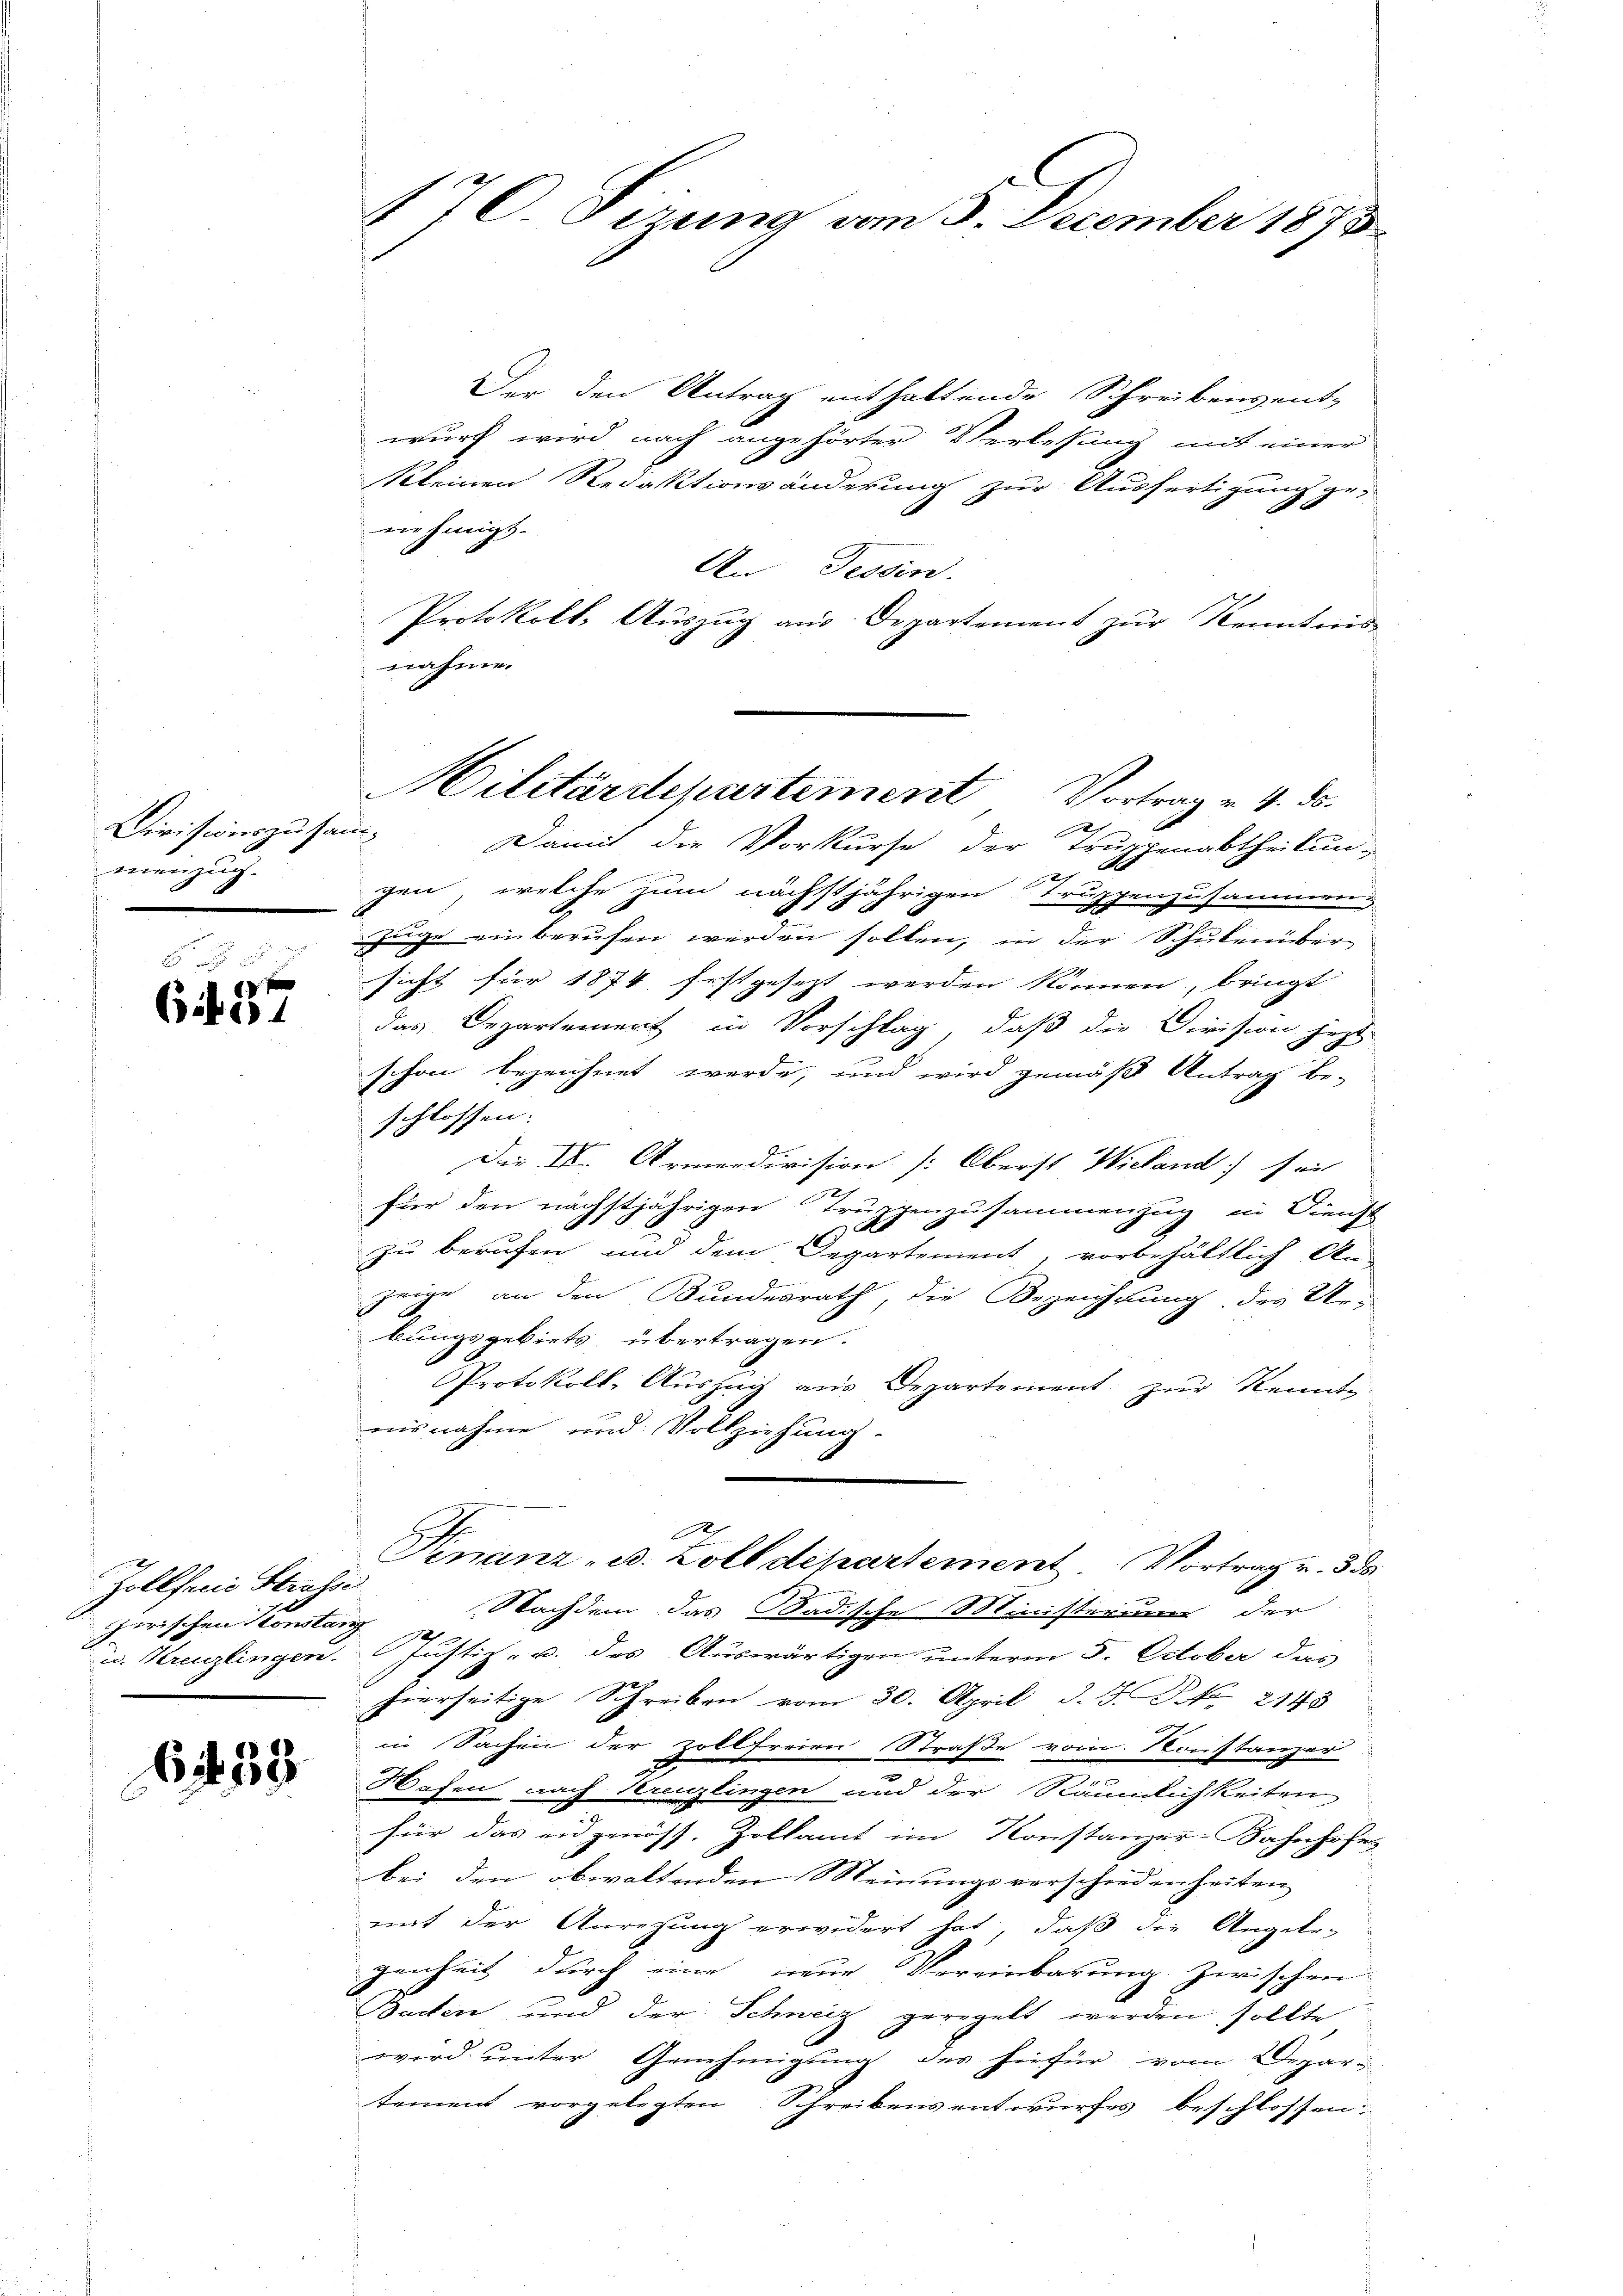
Divisionszusan
menzug.

6 f 37

Zollfen Strasse
zerischen constanz
u. Kreuzlingen.

6. 33.

e
170. Sizung vom 3. December 1873

Der den Antrag enthaltende Schreibensent-
wurf wird nach angehörter Verlesung mit einer
kleinen Redaktionsänderung zur Ausfertigung ge-
nehmigt.
An Tessin
Protokoll, Auszug aus Departement zur Kenntnis
nahme.
f
Damit die Vorkurse der Truppenabtheilungen, welche zum nächstjährigen Truppenzusammens
zuge ein berufen werden sollen, in der Schulenüber
sicht für 1874 festgesezt werden können, bringt
das Departement in Vorschlag, daß die Division jezt
schon bezeichnet werde, und wird gemäß Antrag be-
schlossen.
Die III. Armendivision [Oberst Wieland) mit
für den nächstjährigen Truppenzusammenzug, in Dienst
zu berufen und dem Departement, vorbehältlich An-
zeige, an den Bundesrath, die Bezeichnung des Ur-
bungsgebiets übertragen.
Protokoll-Auszug aus Departement zur Kennte
ausnahme und Vollziehung.

Finanz- u. Zolldepartement Vortrag v. 5. 50
Nachdem das Badische Ministerium der
2
 Justiz- u. des Auswärtigen unterm 5. October das
hierseitige Schreiben vom 30. April d. J. J. N. 2143
in Sachen der Zollfreien Straße vom Konstanzer
Wasen nach Kreuzlingen und der Räumlichkeiten
für das eidgenöss. Zollamt im Konstanzer-Bahnhofes
bei den obwaltenden Meinungsverschiedenheiten
mit der Anregung erwidert hat, daß die Angele-
genheit durch eine nur Vereinbarung zwischen
Bacten und der Schweiz geregelt werden sollte
wird unter Genehmigung des hiefür vom Departement vorgelegten: Schreibens entwurfes beschlossen:

Militärdepartement Vortrag v. 4. ds.